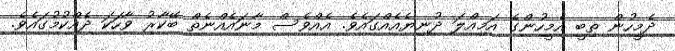
ދެމީހުން ތިބީ އެމީހުންގެ އަމިއްލަ ދުނިޔެއެއްގައެެވެ. އެއްވެސް މާނައެއްނެތް ބޭކާރު ވާހަކަ ދެއްކުމުގައެވެ.